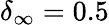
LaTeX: \delta_{\infty}=0.5